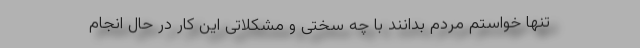
تنها خواستم مردم بدانند با چه سختی و مشکلاتی این کار در حال انجام